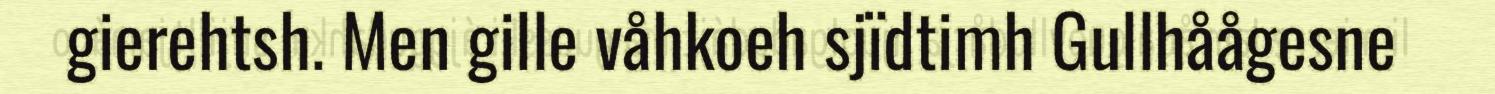
gierehtsh. Men gille våhkoeh sjïdtimh Gullhåågesne